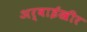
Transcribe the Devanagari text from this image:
अर्वाईखीर